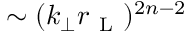
\sim ( k _ { \perp } r _ { \mathrm { ~ L ~ } } ) ^ { 2 n - 2 }